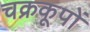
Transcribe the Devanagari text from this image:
चक्रकूपों